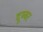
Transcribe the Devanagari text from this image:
दूब्बर